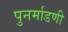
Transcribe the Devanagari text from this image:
पुनर्माडणी